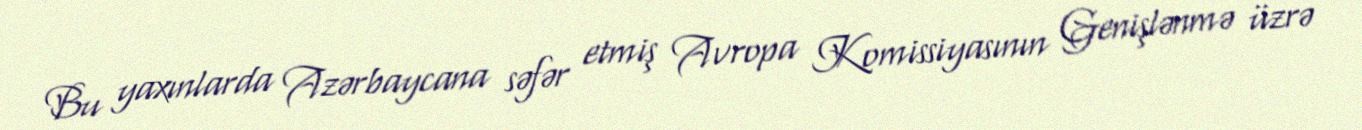
Bu yaxınlarda Azərbaycana səfər etmiş Avropa Komissiyasının Genişlənmə üzrə